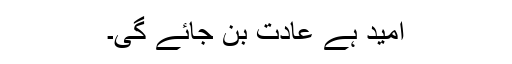
امید ہے عادت بن جائے گی۔